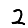
Digit: 2